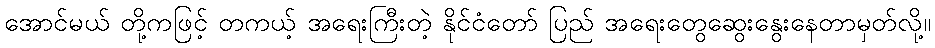
အောင်မယ် တို့ကဖြင့် တကယ့် အရေးကြီးတဲ့ နိုင်ငံတော် ပြည် အရေးတွေဆွေးနွေးနေတာမှတ်လို့။